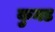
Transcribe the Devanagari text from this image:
कुनड